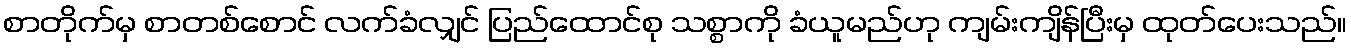
စာတိုက်မှ စာတစ်စောင် လက်ခံလျှင် ပြည်ထောင်စု သစ္စာကို ခံယူမည်ဟု ကျမ်းကျိန်ပြီးမှ ထုတ်ပေးသည်။